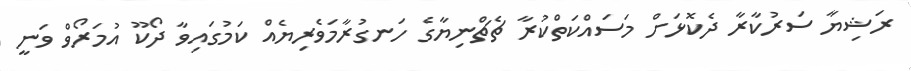
ރަޝިޔާ ސަރުކާރާ ދެކޮޅަށް މަސައްކަތްކުރާ ޗެޗްނިޔާގެ ހަނގުރާމަވެރިޔެއް ކަމުގައިވާ ދޯކޫ އުމަރޯވް ވަނީ